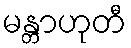
မန္တာဟုတီ